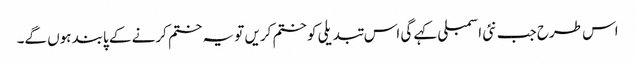
اس طرح جب نئی اسمبلی کہے گی اس تبدیلی کو ختم کریں تو یہ ختم کرنے کے پابند ہوں گے۔